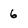
Character: 6